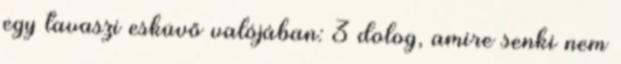
egy tavaszi esküvő valójában: 3 dolog, amire senki nem